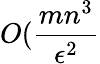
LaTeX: O(\frac{mn^{3}}{\epsilon^{2}}